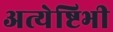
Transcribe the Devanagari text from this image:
अत्येष्टिभी